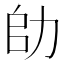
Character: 𠡒